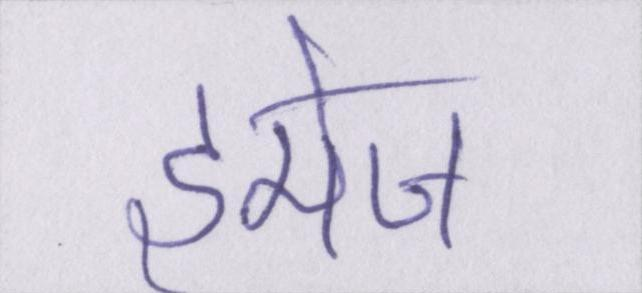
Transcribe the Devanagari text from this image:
इमेज